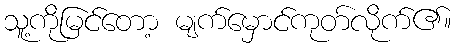
သူ့ကိုမြင်တော့ မျက်မှောင်ကုတ်လိုက်၏။